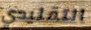
التقليدي